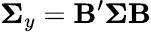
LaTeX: \mathbf{\Sigma}_{y}=\mathbf{B^{\prime}}\mathbf{\Sigma}\mathbf{B}